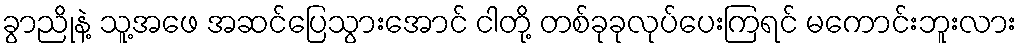
ခွာညိုနဲ့ သူ့အဖေ အဆင်ပြေသွားအောင် ငါတို့ တစ်ခုခုလုပ်ပေးကြရင် မကောင်းဘူးလား